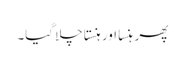
پھر ہنسا اور ہنستا چلا گیا۔